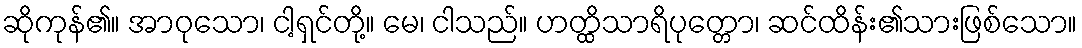
ဆိုကုန်၏။ အာဝုသော၊ ငါ့ရှင်တို့။ မေ၊ ငါသည်။ ဟတ္ထိသာရိပုတ္တော၊ ဆင်ထိန်း၏သားဖြစ်သော။